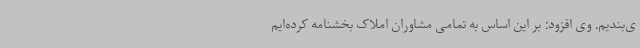
ی‌بندیم. وی افزود: بر این اساس به تمامی مشاوران املاک بخشنامه کرده‌ایم